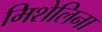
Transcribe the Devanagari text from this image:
मिशेलिना